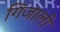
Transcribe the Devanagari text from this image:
गिजाली